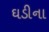
ઘડીના